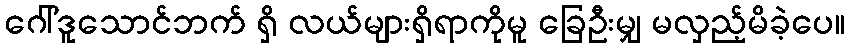
ဂေါ်ဒူသောင်ဘက် ရှိ လယ်များရှိရာကိုမူ ခြေဦးမျှ မလှည့်မိခဲ့ပေ။